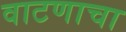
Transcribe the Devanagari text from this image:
वाटणाचा